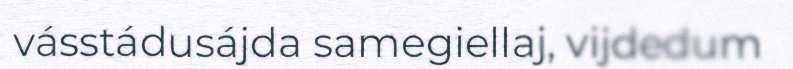
vásstádusájda samegiellaj, vijdedum